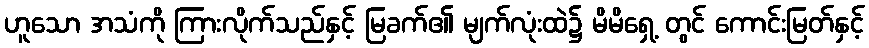
ဟူသော အသံကို ကြားလိုက်သည်နှင့် မြခက်၏ မျက်လုံးထဲ၌ မိမိရှေ့ တွင် ကောင်းမြတ်နှင့်